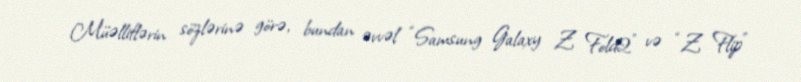
Müəlliflərin sözlərinə görə, bundan əvvəl “Samsung Galaxy Z Fold2” və “Z Flip”